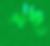
নদু